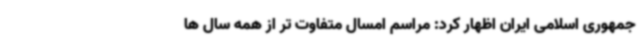
جمهوری اسلامی ایران اظهار کرد: مراسم امسال متفاوت تر از همه سال ها